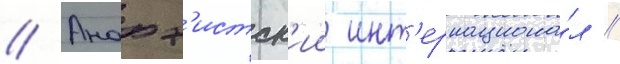
// Анарх'истск'ии инт'ернациона́л //